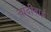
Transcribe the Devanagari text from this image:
चांदीबाई